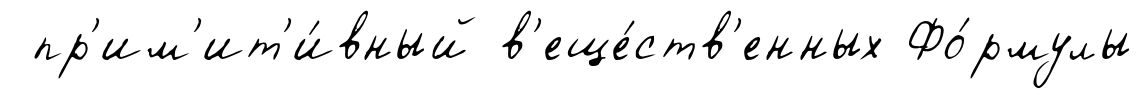
пр'им'ит'и́вный в'еще́ств'енных Фо́рмулы